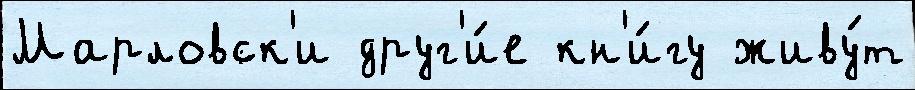
Марловск'и друг'и́е кн'и́гу живу́т